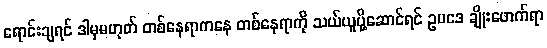
ရောင်းချရင် ဒါမှမဟုတ် တစ်နေရာကနေ တစ်နေရာကို သယ်ယူပို့ဆောင်ရင် ဥပဒေ ချိုးဖောက်ရာ